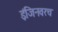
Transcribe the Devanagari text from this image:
इंजिनवरच